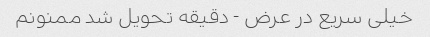
خیلی سریع در عرض - دقیقه تحویل شد ممنونم